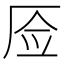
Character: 𰆚